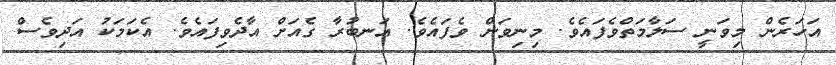
އަހަރެން މިވަނީ ސަލާމަތްވެފައެވެ. މިނިވަން ވެފައެވެ. އަނބުރާ ގެއަށް އާދެވިފައެވެ. އެކަމަކު އަދިވެސް